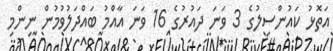
އަތޮޅު ކައުންސިލުގެ 3 ވަނަ ދައުރުގެ 16 ވަނަ އާއްމު ބައްދަލުވުމުން ނިންމި